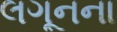
લગૂનના